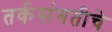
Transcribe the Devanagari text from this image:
तर्कसंगतीचे